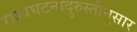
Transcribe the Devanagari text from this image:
राज्यघटनादुरुस्तीनुसार